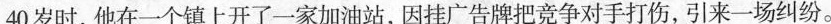
40岁时，他在一个镇上开了一家加油站，因挂广告牌把竞争对手打伤，引来一场纠纷。